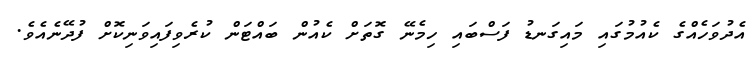
އެދުވަހެއްގެ ކެއުމުގައި މައިގަނޑު ފަސްބައި ހިމެނޭ ގޮތަށް ކެއުން ބައްޓަން ކުރެވިފައިވަނިކޮށް ފުދޭނެއެވެ.